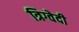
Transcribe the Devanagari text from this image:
त्रिग्वेदी